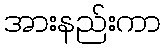
အားနည်းကာ